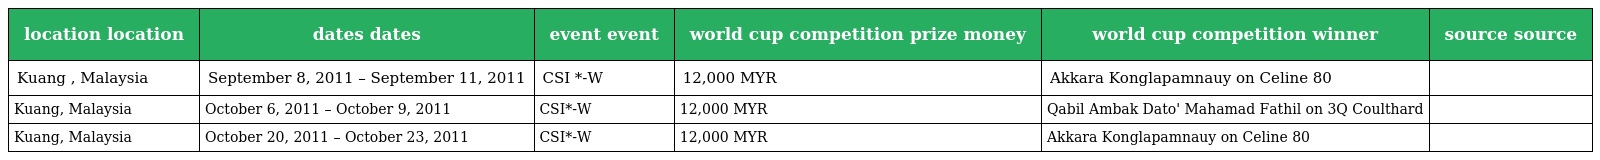
| location location | dates dates | event event | world cup competition prize money | world cup competition winner | source source |
 | --- | --- | --- | --- | --- | --- |
 | Kuang , Malaysia | September 8, 2011 – September 11, 2011 | CSI *-W | 12,000 MYR | Akkara Konglapamnauy on Celine 80 |  |
 | Kuang, Malaysia | October 6, 2011 – October 9, 2011 | CSI*-W | 12,000 MYR | Qabil Ambak Dato' Mahamad Fathil on 3Q Coulthard |  |
 | Kuang, Malaysia | October 20, 2011 – October 23, 2011 | CSI*-W | 12,000 MYR | Akkara Konglapamnauy on Celine 80 |  |